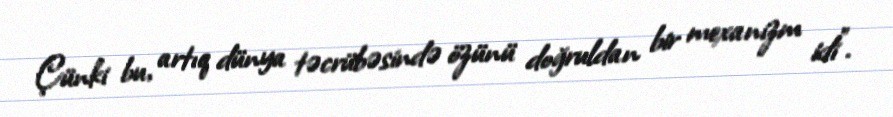
Çünki bu, artıq dünya təcrübəsində özünü doğruldan bir mexanizm idi”.